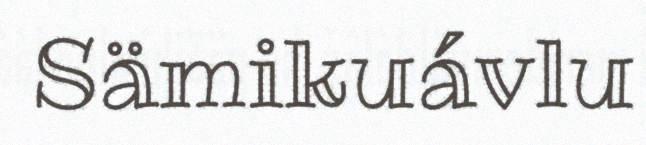
Sämikuávlu